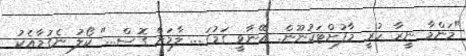
"މަންމާ ނީރާ ހުރީ މާފުށްޓަކުނޫން. އޭނާވީ ގަމުގަ... ލާމަށް ގޮސް..." ކޯލު ނެގުމާއެކު